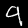
Label: 9